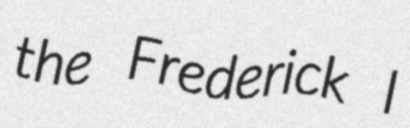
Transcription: the Frederick I